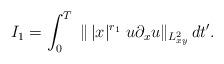
LaTeX: \begin{align*}I_{1}=\int_0^{T}\;\|\,|x|^{r_1}\;u\partial_xu\|_{L^2_{xy}}\,dt'.\end{align*}